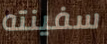
سفينته